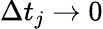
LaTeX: \Delta t_{j}\to 0